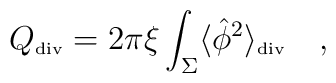
{Q}_{\tiny\mbox{div}}=2\pi\xi \int_{\Sigma}\langle \hat{\phi}^2 \rangle_{\tiny\mbox{div}}~~~,